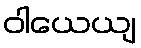
ဝါယေယျ